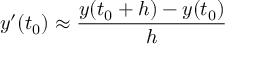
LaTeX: y ^ { \prime } ( t _ { 0 } ) \approx { \frac { y ( t _ { 0 } + h ) - y ( t _ { 0 } ) } { h } }